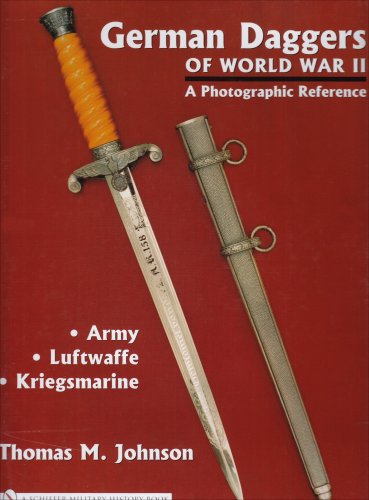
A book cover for German Daggers Of World War II - A Photographic Reference: Army - Luftwaffe - Kriegsmarine; Thomas M. Johnson; Crafts, Hobbies & Home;